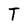
Character: T